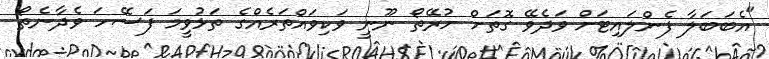
"އެބަބަލާ ފެންލައިޓަށް ވަދެވޭ ގޮތަށް ހުރޭތޯ ނޫނީ ވަކިވައްތަރެއްގެ ތަޅުވީމަ ފަސޭހަ ވެދާނެތޯ